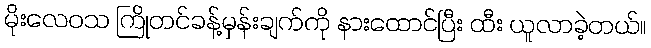
မိုးလေဝသ ကြိုတင်ခန့်မှန်းချက်ကို နားထောင်ပြီး ထီး ယူလာခဲ့တယ်။